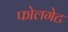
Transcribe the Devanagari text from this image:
फोलगेट